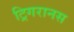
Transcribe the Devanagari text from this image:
ट्रिगरानस